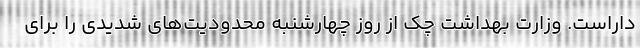
داراست. وزارت بهداشت چک از روز چهارشنبه محدودیت‌های شدیدی را برای